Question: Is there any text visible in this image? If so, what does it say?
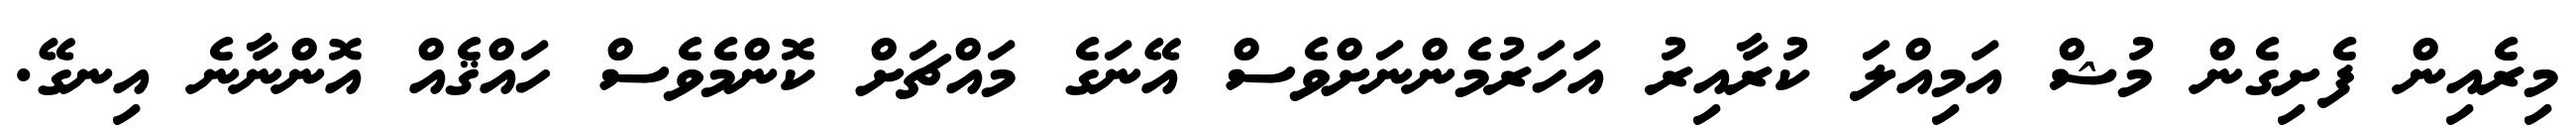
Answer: މިރެއިން ފެށިގެން މުޝް އަމިއްލަ ކުރާއިރު އަހަރުމެންނަށްވެސް އޭނަގެ މައްޗަށް ކޮންމެވެސް ހައްޤެއް އޮންނާނެ އިނގޭ.